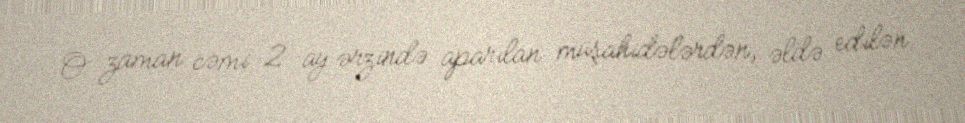
O zaman cəmi 2 ay ərzində aparılan müşahidələrdən, əldə edilən